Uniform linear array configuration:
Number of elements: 64
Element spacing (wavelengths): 0.75
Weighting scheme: uniform
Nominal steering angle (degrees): -45
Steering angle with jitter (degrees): -46.395
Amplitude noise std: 0.05
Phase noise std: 0.05

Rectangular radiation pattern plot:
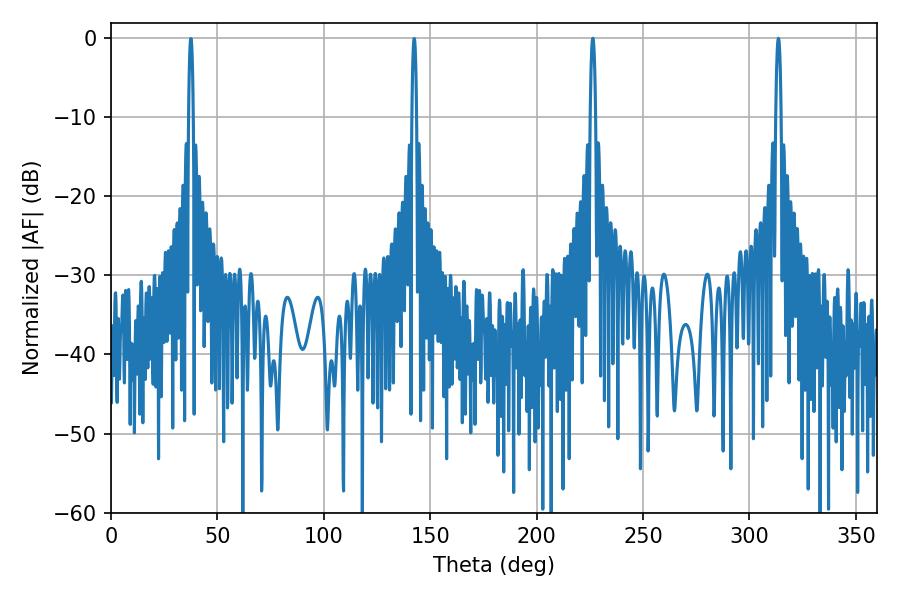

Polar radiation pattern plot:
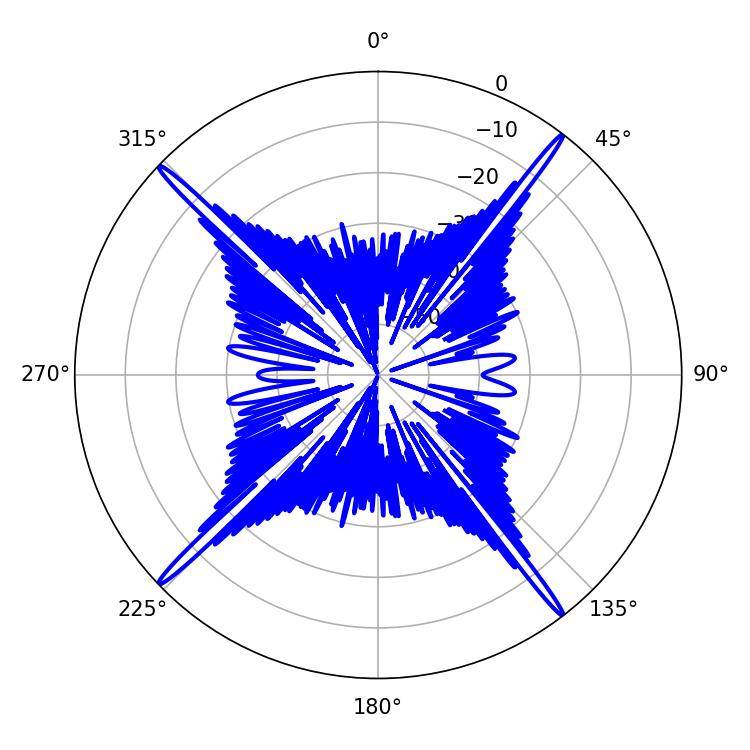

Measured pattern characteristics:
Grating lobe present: TRUE
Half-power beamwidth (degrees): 1.44
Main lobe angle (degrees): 313.56